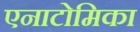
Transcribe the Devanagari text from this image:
एनाटोमिका